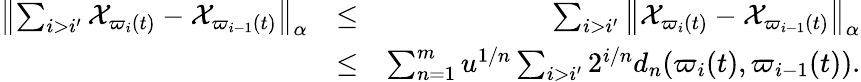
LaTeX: \begin{array}{rlr}{\left\Vert\sum_{i>i^{\prime}}\mathcal{X}_{\varpi_{i}(t)}-\mathcal{X}_{\varpi_{i-1}(t)}\right\Vert_{\alpha}}&{\leq}&{\sum_{i>i^{\prime}}\left\Vert\mathcal{X}_{\varpi_{i}(t)}-\mathcal{X}_{\varpi_{i-1}(t)}\right\Vert_{\alpha}}\\ &{\leq}&{\sum_{n=1}^{m}u^{1/n}\sum_{i>i^{\prime}}2^{i/n}d_{n}(\varpi_{i}(t),\varpi_{i-1}(t)).}\end{array}